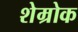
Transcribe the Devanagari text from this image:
शेम्रोक